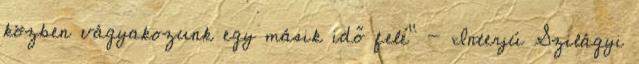
közben vágyakozunk egy másik idő felé” - Interjú Szilágyi